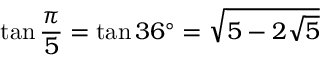
\tan { \frac { \pi } { 5 } } = \tan 3 6 ^ { \circ } = { \sqrt { 5 - 2 { \sqrt { 5 } } } }